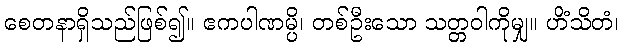
စေတနာရှိသည်ဖြစ်၍။ ဧကပါဏမ္ပိ၊ တစ်ဦးသော သတ္တဝါကိုမျှ။ ဟိံသိတံ၊